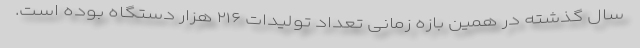
سال گذشته در همین بازه زمانی تعداد تولیدات ۲۱۶ هزار دستگاه بوده است.